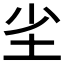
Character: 𭎇